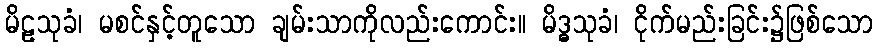
မိဠသုခံ၊ မစင်နှင့်တူသော ချမ်းသာကိုလည်းကောင်း။ မိဒ္ဓသုခံ၊ ငိုက်မည်းခြင်း၌ဖြစ်သော